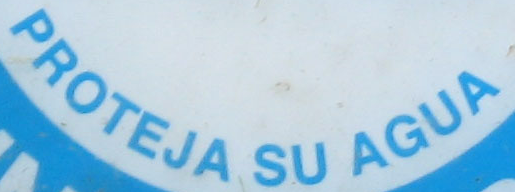
PROTEJA SU AGUA